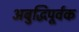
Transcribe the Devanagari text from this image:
अबुद्धिपूर्वक